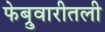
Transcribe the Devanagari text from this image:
फेब्रुवारीतली